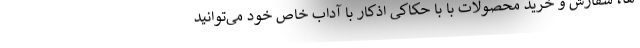
ها، سفارش و خرید محصولات با با حکاکی اذکار با آداب خاص خود می‌توانید